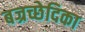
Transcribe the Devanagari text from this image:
बज्रच्छेदिका